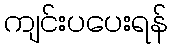
ကျင်းပပေးရန်